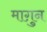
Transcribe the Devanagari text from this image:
माग़ुन